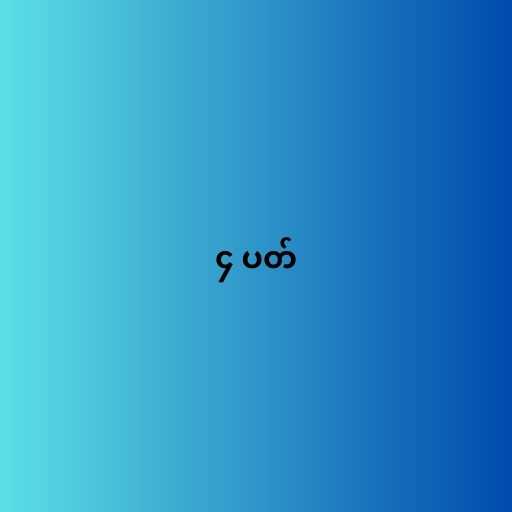
၄ ပတ်